Mental hospitals Bombay report 1921-28 - 1921-1928
Year: 1921
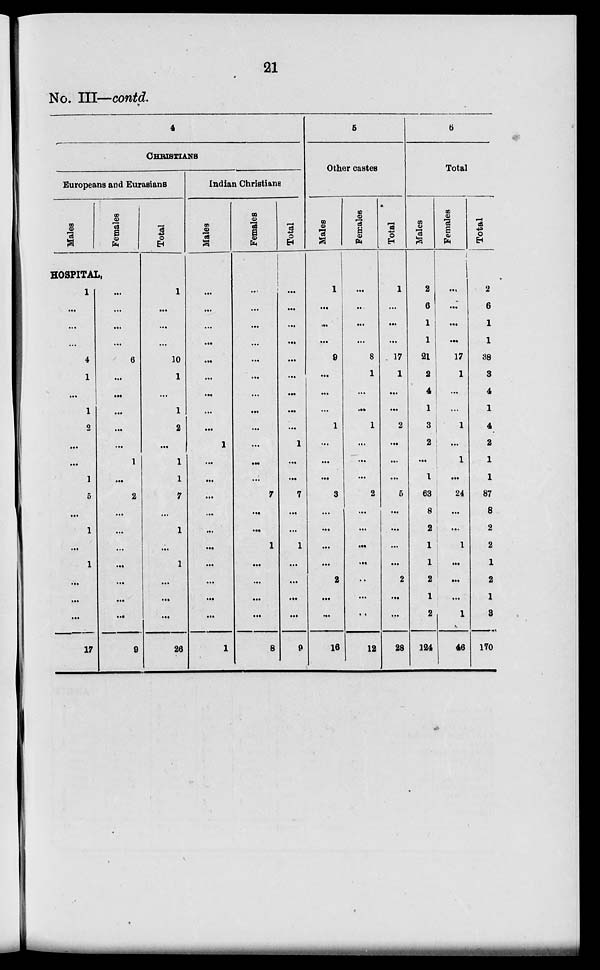
21
No. III—contd.
4
CHRISTIANS
Europeans and Eurasians
Males
Females
HOSPITAL.
1
...
...
...
4
1
...
1
2
...
...
1
5
...
1
...
1
...
...
...
17
...
...
...
...
6
...
...
...
...
...
1
...
2
...
...
...
...
...
...
...
9
Total
1
...
...
...
10
1
...
1
2
...
1
1
7
...
1
...
1
...
...
...
26
Indian Christians
Males
...
...
...
...
...
...
...
...
...
1
...
...
...
...
...
...
...
...
...
...
1
Females
...
...
...
...
...
...
...
...
...
...
...
...
7
...
...
1
...
...
...
...
8
Total
...
...
...
...
...
...
...
...
...
1
...
...
7
...
...
1
...
...
...
...
9
5
Other castes
Males
1
...
...
...
9
...
...
...
1
...
...
...
3
...
...
...
...
2
...
...
16
Females
...
...
...
...
8
1
...
...
1
...
...
...
2
...
...
...
...
...
...
..
12
Total
1
...
...
...
17
1
...
...
2
...
...
...
5
...
...
...
...
2
...
...
28
6
Total
Males
2
6
1
1
21
2
4
1
3
2
...
1
63
8
2
1
1
2
1
2
124
Females
...
...
...
...
17
1
...
...
1
...
1
...
24
...
...
1
...
...
...
1
46
Total
2
6
1
1
38
3
4
1
4
2
1
1
87
8
2
2
1
2
1
3
170